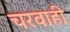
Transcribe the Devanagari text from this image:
चरवाही